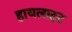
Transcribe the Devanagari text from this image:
हायलाइट